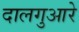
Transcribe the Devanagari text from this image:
दालगुआरे